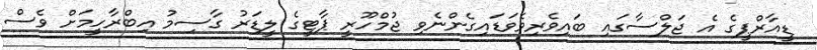
ޑީއާރްޕީގެ އެ ޖަލްސާގައި ބައިވެރިވެވަޑައިގެންނެވި ޖުމްހޫރީ ޕާޓީގެ ލީޑަރު ގާސިމު އިބްރާހީމަށް ވެސް